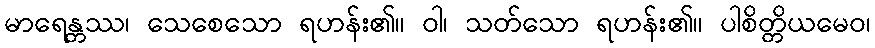
မာရေန္တဿ၊ သေစေသော ရဟန်း၏။ ဝါ၊ သတ်သော ရဟန်း၏။ ပါစိတ္တိယမေဝ၊